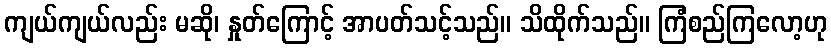
ကျယ်ကျယ်လည်း မဆို၊ နှုတ်ကြောင့် အာပတ်သင့်သည်။ သိထိုက်သည်။ ကြံစည်ကြလော့ဟု